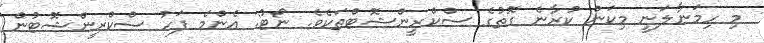
މި ހިމަނާލަނީ މިކަން ކުރާނެ ގޮތުގެ ސްކްރީންޝޮޓްތަކެވެ. ނޯޓު: އެންމެ ފަހު ސްކްރީންޝޮޓުން